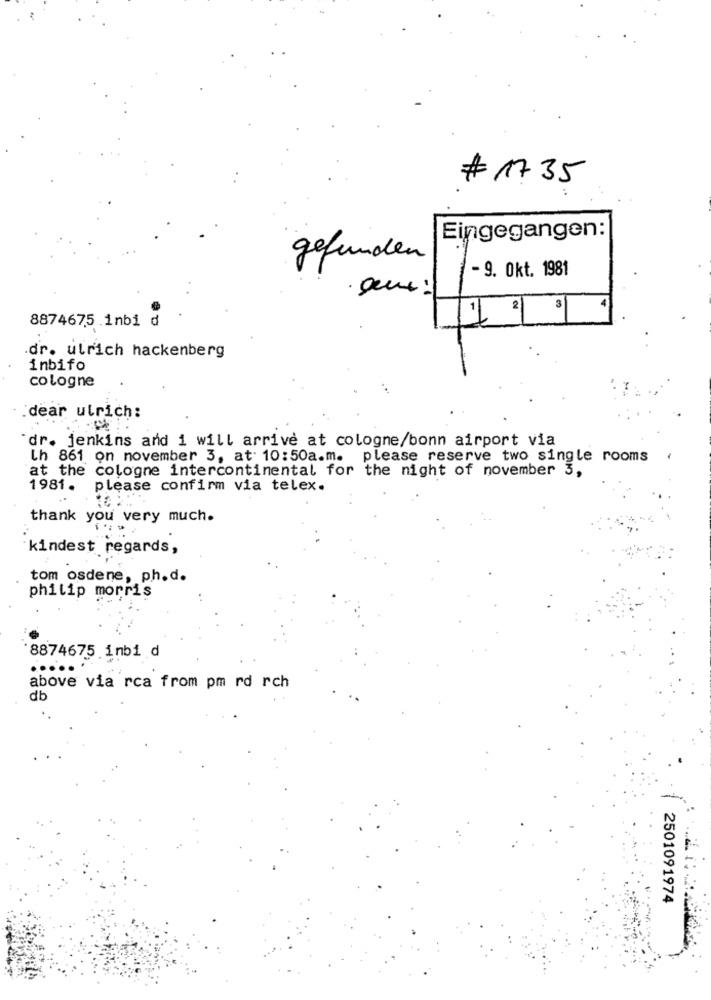
# 1735
Eingegangen:
gefunden
- 9. Okt. 1981
.Due:
1. 21
3
8874675 .inbi d
dr. ulrich hackenberg
inbifo
cologne
dear ulrich:
dr. jenkins and i will arrive at cologne/bonn airport via
Ih 861 on november 3, at 10:50a.m. please reserve two single rooms
at the cologne intercontinental for the night of november 3,
1981 .
please confirm via telex.
thank you very much.
kindest regards,
tom osdene, ph.d.
philip morris
'8874675 inbi d
.....
above via rca from pm rd rch
db
2501091974